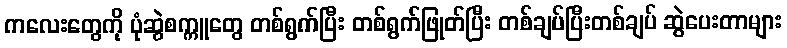
ကလေးတွေကို ပုံဆွဲစက္ကူတွေ တစ်ရွက်ပြီး တစ်ရွက်ဖြုတ်ပြီး တစ်ချပ်ပြီးတစ်ချပ် ဆွဲပေးတာများ